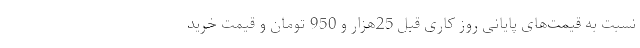
نسبت به قیمت‌های پایانی روز کاری قبل 25هزار و 950 تومان و قیمت خرید